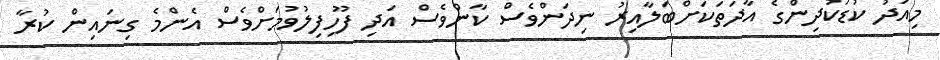
މިއަދު ކުޑަކުދިންގެ އާދަތަކަށްބަލާއިރު ނިދަންވެސް ކާންވެސް އަދި ފޫހިފިލުވުމަށްވެސް އެންމެ ގިނައިން ކުރާ